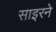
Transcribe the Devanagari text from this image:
साइरने